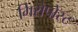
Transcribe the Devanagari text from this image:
गिरोपोस्ट